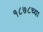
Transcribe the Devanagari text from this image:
१८७८च्या